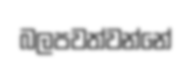
බලපවත්වන්නේ